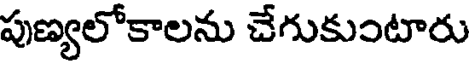
పుణ్యలోకాలను చేగుకుంటారు